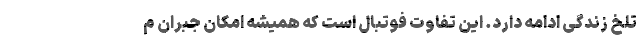
تلخ زندگی ادامه دارد. این تفاوت فوتبال است که همیشه امکان جبران م